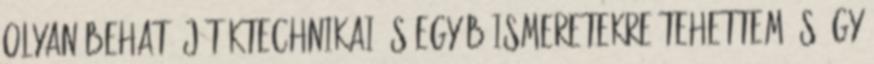
olyan beható játéktechnikai és egyéb ismeretekre tehettem és úgy